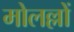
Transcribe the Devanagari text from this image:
मोलल्लों